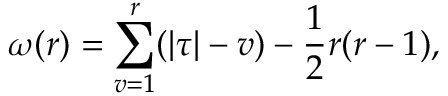
\omega ( r ) = \sum _ { v = 1 } ^ { r } ( | \tau | - v ) - \frac 1 2 r ( r - 1 ) ,